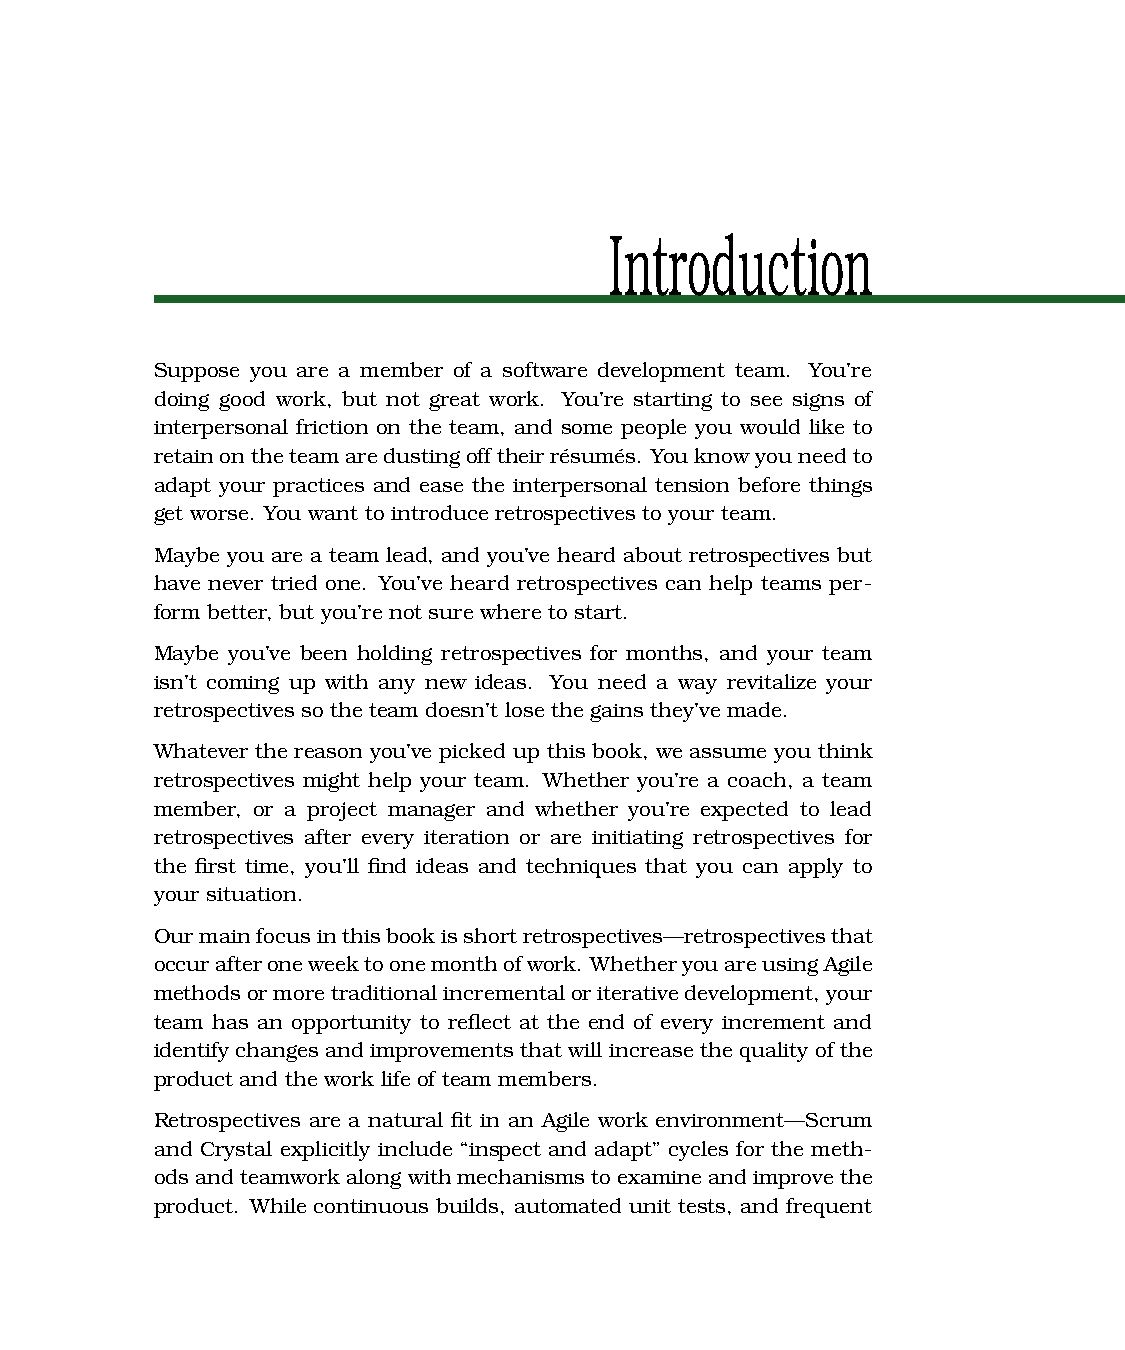
Introduction
 Suppose you are a member of a software development team. You’re
 doing good work, but not great work. You’re starting to see signs of
 interpersonal friction on the team, and some people you would like to
 retainontheteamaredustingofftheirrésumés. Youknow youneedto
 adapt your practices and ease the interpersonal tension before things
 get worse. You want to introduce retrospectives to your team.
 Maybe you are a team lead, and you’ve heard about retrospectives but
 have never tried one. You’ve heard retrospectives can help teams per-
 formbetter, but you’re not sure where to start.
 Maybe you’ve been holding retrospectives for months, and your team
 isn’t coming up with any new ideas. You need a way revitalize your
 retrospectives so the team doesn’t lose the gains they’ve made.
 Whatever the reason you’ve picked up this book, we assume you think
 retrospectives might help your team. Whether you’re a coach, a team
 member, or a project manager and whether you’re expected to lead
 retrospectives after every iteration or are initiating retrospectives for
 the first time, you’ll find ideas and techniques that you can apply to
 your situation.
 Ourmainfocusinthisbookisshortretrospectives—retrospectivesthat
 occurafteroneweektoonemonthofwork. WhetheryouareusingAgile
 methodsormoretraditionalincrementaloriterativedevelopment, your
 team has an opportunity to reflect at the end of every increment and
 identifychanges and improvementsthat will increasethequality of the
 product and the work life of team members.
 Retrospectives are a natural fit in an Agile work environment—Scrum
 and Crystal explicitly include “inspect and adapt” cycles for the meth-
 odsandteamworkalong withmechanismstoexamineandimprovethe
 product. While continuous builds, automated unit tests, and frequent